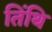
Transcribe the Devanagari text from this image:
तिंथि